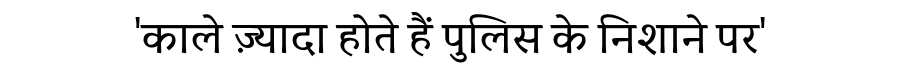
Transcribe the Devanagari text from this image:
'काले ज़्यादा होते हैं पुलिस के निशाने पर'